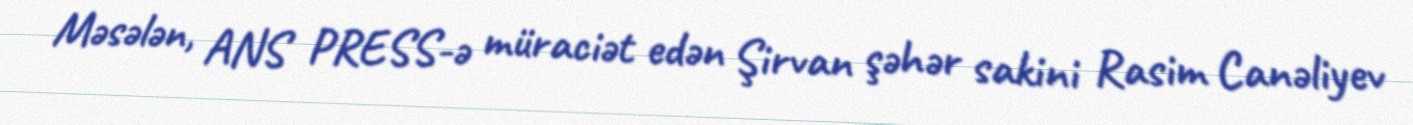
Məsələn, ANS PRESS-ə müraciət edən Şirvan şəhər sakini Rasim Canəliyev